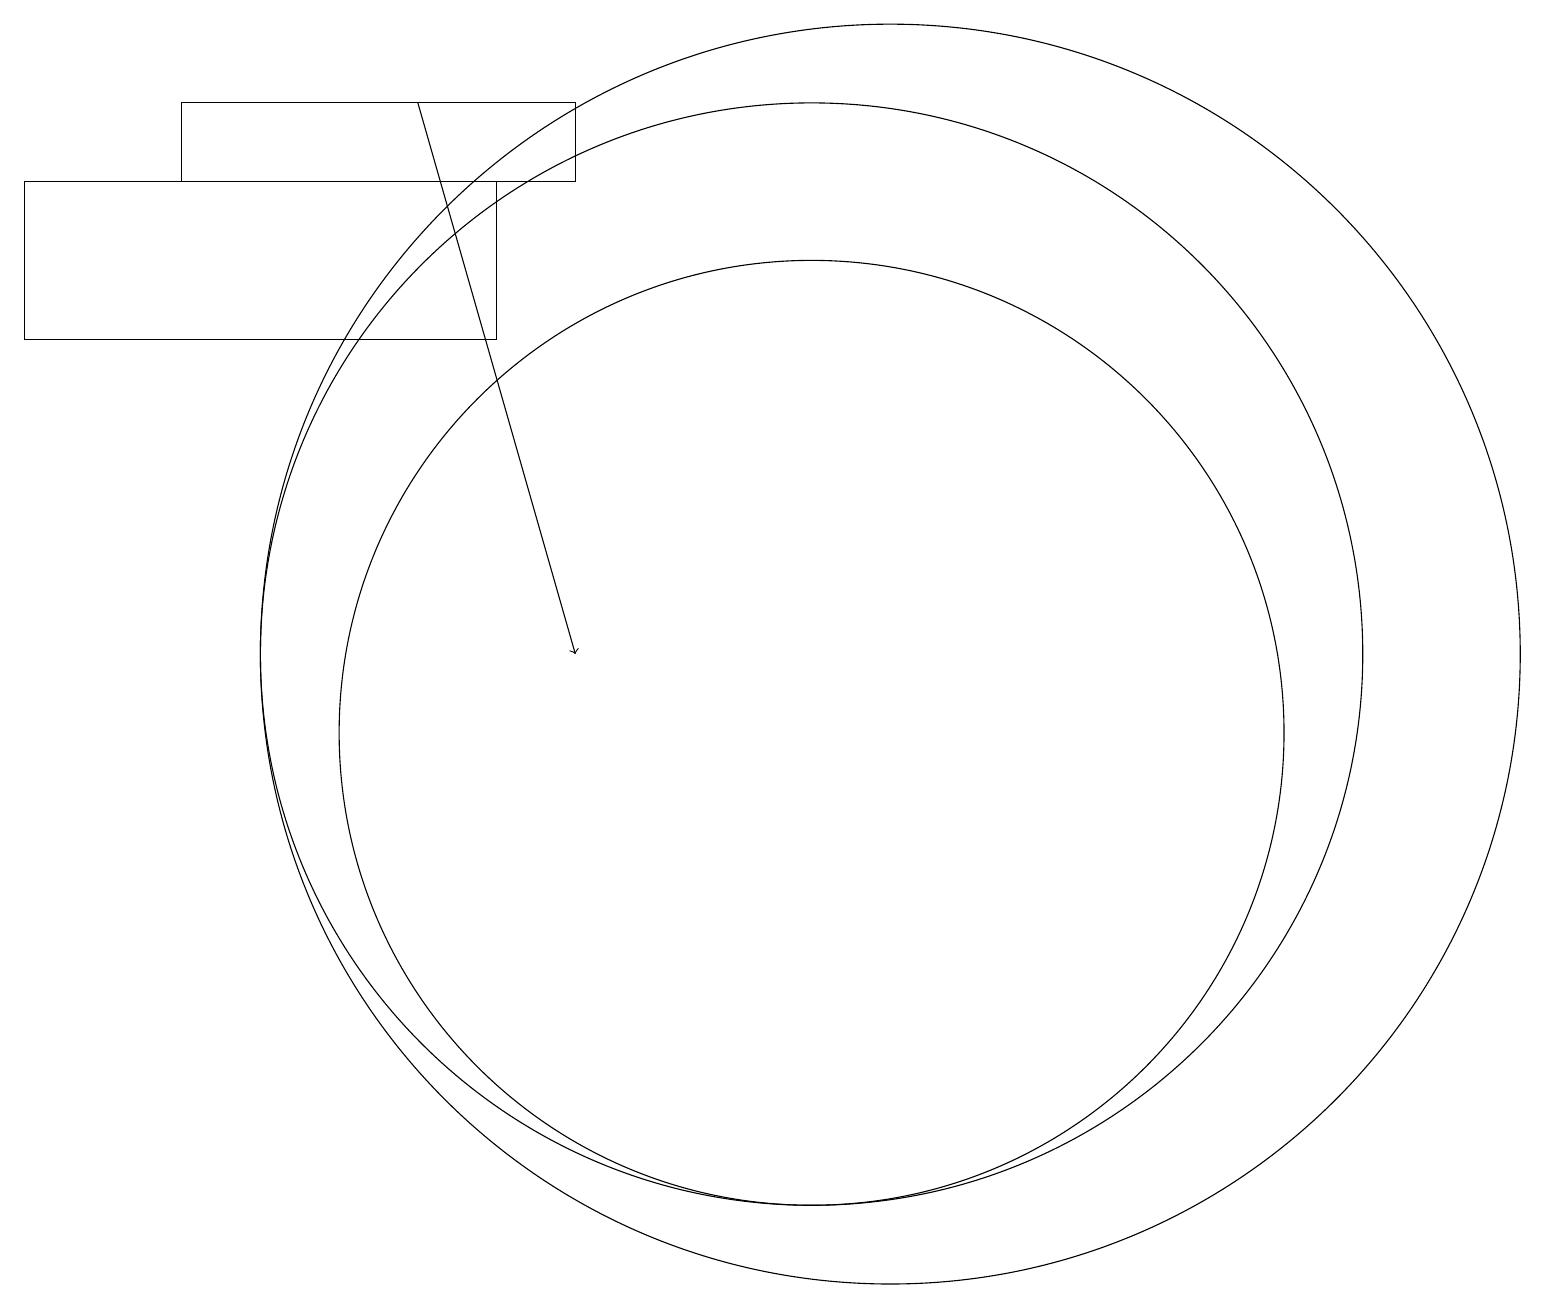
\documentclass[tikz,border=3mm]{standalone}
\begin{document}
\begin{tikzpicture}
\draw (11,11) circle (8);
\draw (10,11) circle (7);
\draw (10,10) circle (6);
\draw (2,18) rectangle (7,17);
\draw[->] (5,18) -- (7,11);
\draw (6,15) rectangle (0,17);
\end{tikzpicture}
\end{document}